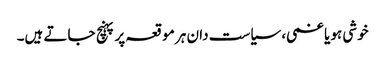
خوشی ہو یا غمی، سیاست دان ہر موقعہ پر پہنچ جاتے ہیں۔